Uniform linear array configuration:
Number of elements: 48
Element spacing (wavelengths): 0.75
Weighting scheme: hamming
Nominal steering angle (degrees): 60
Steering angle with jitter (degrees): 59.86
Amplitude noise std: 0.05
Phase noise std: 0.05

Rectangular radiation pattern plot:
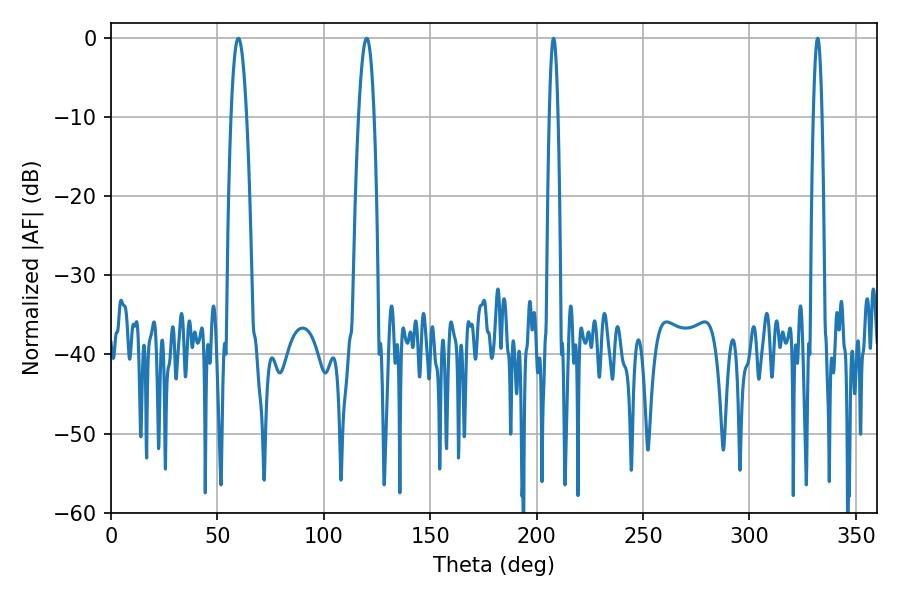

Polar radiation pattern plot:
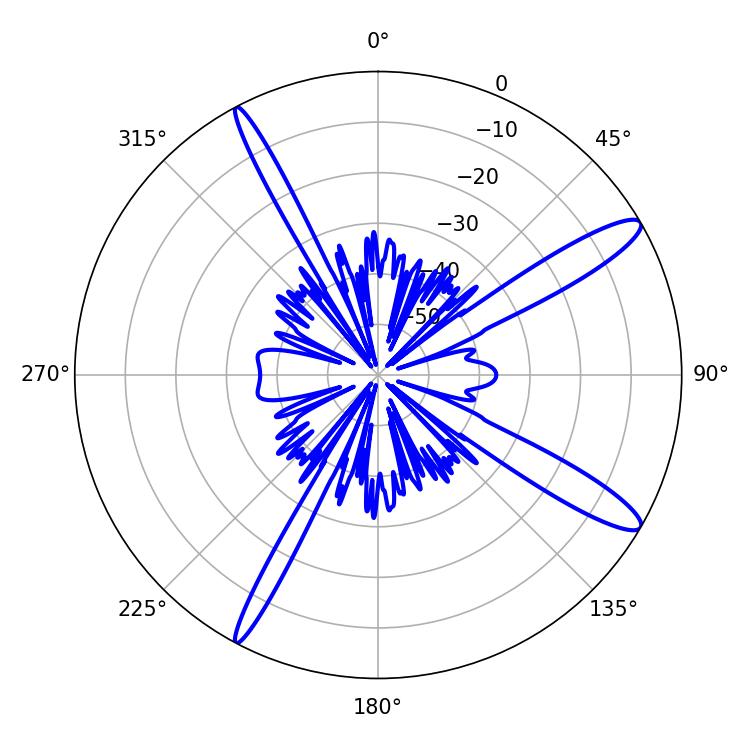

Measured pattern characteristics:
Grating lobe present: TRUE
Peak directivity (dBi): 13.387
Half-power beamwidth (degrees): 3.96
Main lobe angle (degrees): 59.76